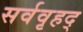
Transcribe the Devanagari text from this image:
सर्ववृहद्